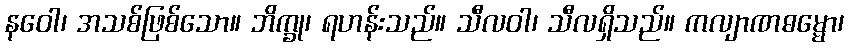
နဝေါ၊ အသစ်ဖြစ်သော။ ဘိက္ခု၊ ရဟန်းသည်။ သီလဝါ၊ သီလရှိသည်။ ကလျာဏဓမ္မော၊